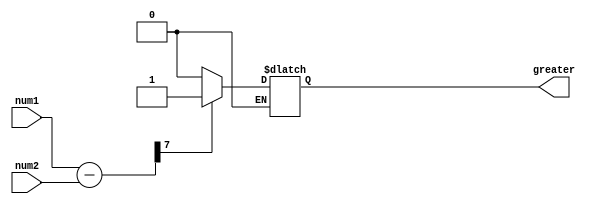
module unsigned_comparator (
    input [7:0] num1,
    input [7:0] num2,
    output reg greater
);

reg [7:0] diff;

always @ (num1, num2)
begin
    diff = num1 - num2;
    if(diff[7] == 1) //sign bit is 1, num1 is greater
        greater = 1;
    else if(diff[7] == 0) //sign bit is 0, num2 is greater
        greater = 0;
end

endmodule